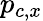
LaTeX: p_{c,x}